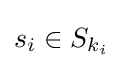
s_{i}\in S_{k_{i}}